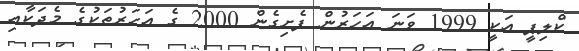
ކްލިޕީ އަކީ 1999 ވަނަ އަހަރުން ފެށިގެން 2000 ގެ އަހަރުތަކުގެ މެދަކާއި